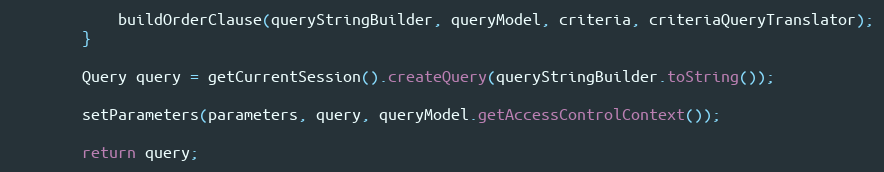
Language: Java
            buildOrderClause(queryStringBuilder, queryModel, criteria, criteriaQueryTranslator);
        }

        Query query = getCurrentSession().createQuery(queryStringBuilder.toString());

        setParameters(parameters, query, queryModel.getAccessControlContext());

        return query;